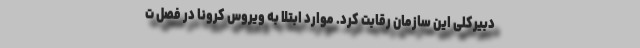
دبیرکلی این سازمان رقابت کرد. موارد ابتلا به ویروس کرونا در فصل ت